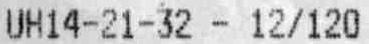
UH14-21-32 - 12/120